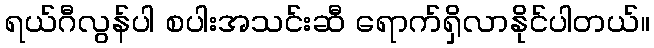
ရယ်ဂီလွန်ပါ စပါးအသင်းဆီ ရောက်ရှိလာနိုင်ပါတယ်။